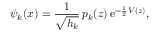
\psi _ { k } ( x ) = { \frac { 1 } { \sqrt { h _ { k } } } } \, p _ { k } ( z ) \, \mathrm { { e } } ^ { - { \frac { 1 } { 2 } } V ( z ) } ,